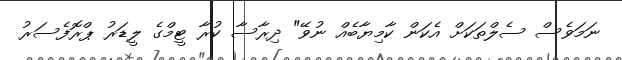
ނަމަވެސް ސެލްތަކަށް އެކަން ކާމިޔާބެއް ނުވޭ" ދިރާސާ ކުރާ ޓީމްގެ ލީޑަރު ޕްރޮފެސަރު